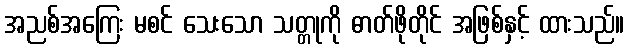
အညစ်အကြေး မစင် သေးသော သတ္တုကို ဓာတ်ဖိုတိုင် အဖြစ်နှင့် ထားသည်။